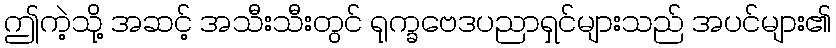
ဤကဲ့သို့ အဆင့် အသီးသီးတွင် ရုက္ခဗေဒပညာရှင်များသည် အပင်များ၏